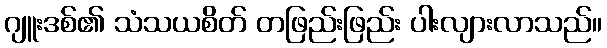
ဂျူးဒစ်၏ သံသယစိတ် တဖြည်းဖြည်း ပါးလျားလာသည်။